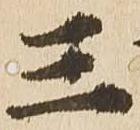
三